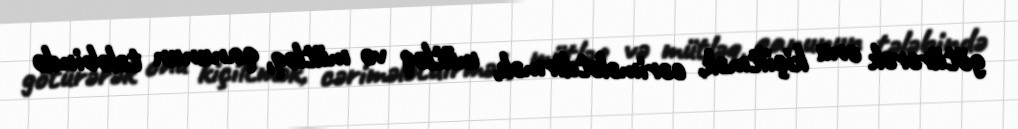
götürərək onu kiçiltmək, cərimələtdirmək, mütləq və mütləq, qanunun tələbində